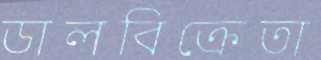
ডালবিক্রেতা